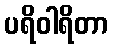
ပရိဝါရိတာ